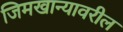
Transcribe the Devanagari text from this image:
जिमखान्यावरील